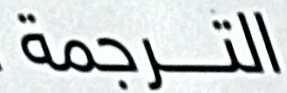
الترجمة